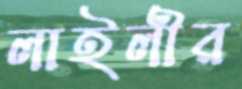
লাইলীর